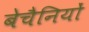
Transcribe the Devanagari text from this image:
बेचैनियों